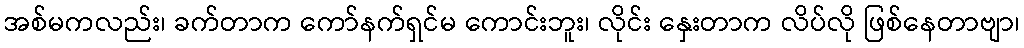
အစ်မကလည်း၊ ခက်တာက ကော်နက်ရှင်မ ကောင်းဘူး၊ လိုင်း နှေးတာက လိပ်လို ဖြစ်နေတာဗျာ၊